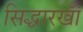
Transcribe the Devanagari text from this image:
सिद्धारखॉँ